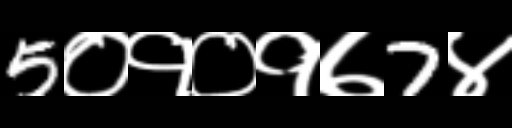
Text: 5०१०१७7४